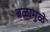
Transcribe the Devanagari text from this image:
बळामुळे